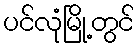
ပင်လုံမြို့တွင်